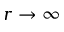
r \to \infty